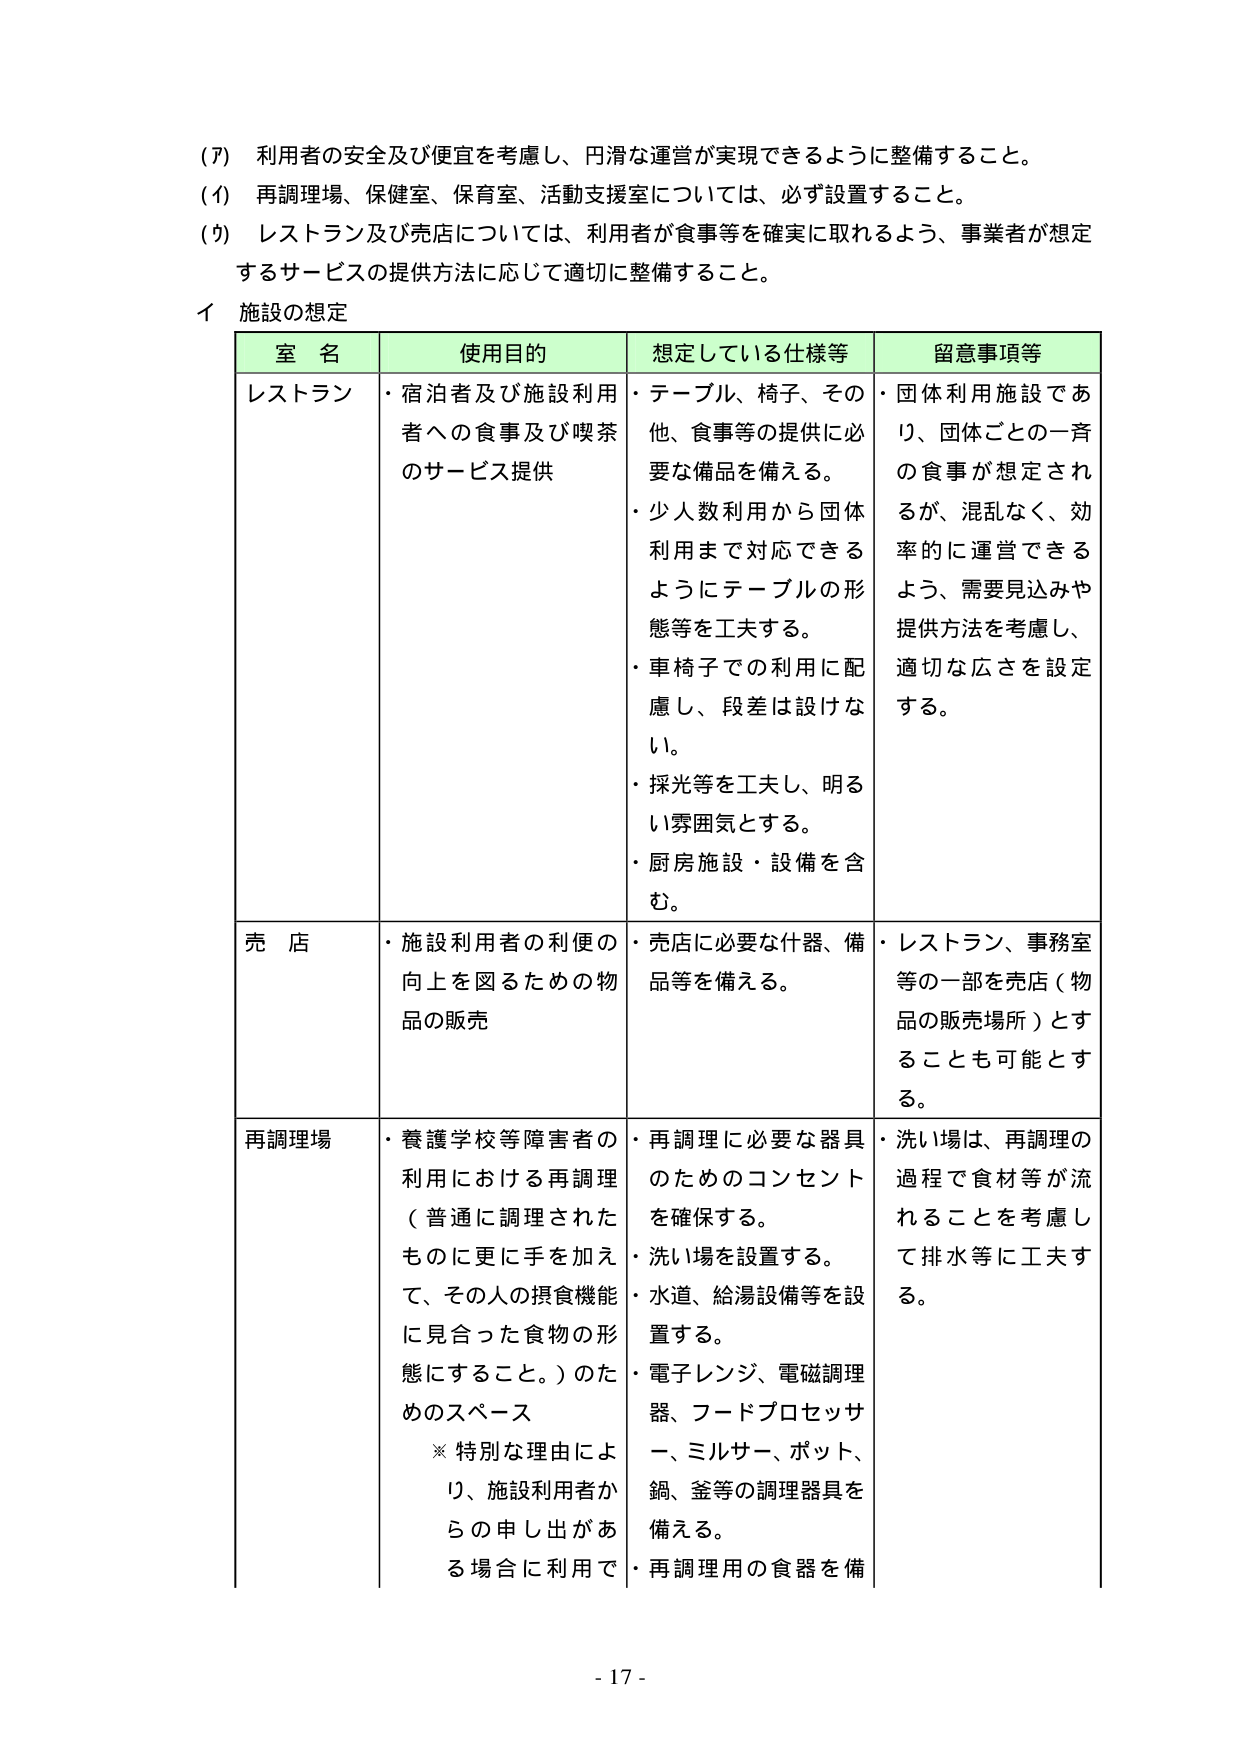
(ｱ) 利用者の安全及び便宜を考慮し、円滑な運営が実現できるように整備すること。
(ｲ) 再調理場、保健室、保育室、活動支援室については、必ず設置すること。
(ｳ) レストラン及び売店については、利用者が食事等を確実に取れるよう、事業者が想定するサービスの提供方法に応じて適切に整備すること。

イ 施設の想定

| 室 名 | 使用目的 | 想定している仕様等 | 留意事項等 |
|--------|----------|------------------|------------|
| レストラン | ・宿泊者及び施設利用者への食事及び喫茶のサービス提供 | ・テーブル、椅子、その他、食事等の提供に必要な備品を備える。<br>・少人数利用から団体利用まで対応できるようにテーブルの形態等を工夫する。<br>・車椅子での利用に配慮し、段差は設けない。<br>・採光等を工夫し、明るい雰囲気とする。<br>・厨房施設・設備を含む。 | ・団体利用施設であり、団体ごとの一斉の食事が想定されるが、混乱なく、効率的に運営できるよう、需要見込みや提供方法を考慮し、適切な広さを設定する。 |
| 売 店 | ・施設利用者の利便の向上を図るための物品の販売 | ・売店に必要な什器、備品等を備える。 | ・レストラン、事務室等の一部を売店（物品の販売場所）とすることも可能とする。 |
| 再調理場 | ・養護学校等障害者の利用における再調理（普通に調理されたものに更に手を加えて、その人の摂食機能に見合った食物の形態にすること。）のためのスペース<br>※ 特別な理由により、施設利用者からの申し出がある場合に利用で | ・再調理に必要な器具のためのコンセントを確保する。<br>・洗い場を設置する。<br>・水道、給湯設備等を設置する。<br>・電子レンジ、電磁調理器、フードプロセッサー、ミルサー、ポット、鍋、釜等の調理器具を備える。<br>・再調理用の食器を備 | ・洗い場は、再調理の過程で食材等が流れることを考慮して排水等に工夫する。 |

- 17 -